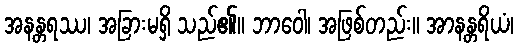
အနန္တရဿ၊ အခြားမရှိ သည်၏။ ဘာဝေါ၊ အဖြစ်တည်း။ အာနန္တရိယံ၊